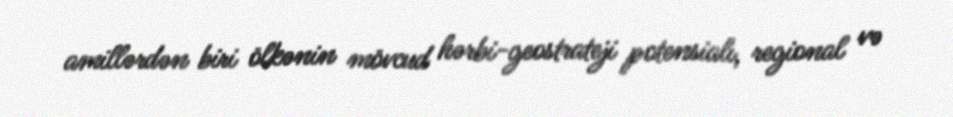
amillərdən biri ölkənin mövcud hərbi-geostrateji potensialı, regional və